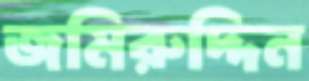
জমিরুদ্দিন